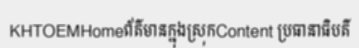
KHTOEMHomeព័ត៌មានក្នុងស្រុកContent ប្រធានាធិបតី